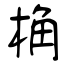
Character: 桷